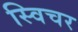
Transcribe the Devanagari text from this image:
स्विचर